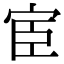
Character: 宦